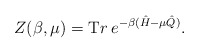
\begin{align*}Z(\beta,\mu)={\mathrm Tr}\:e^{-\beta(\hat{H}-\mu\hat{Q})}.\end{align*}